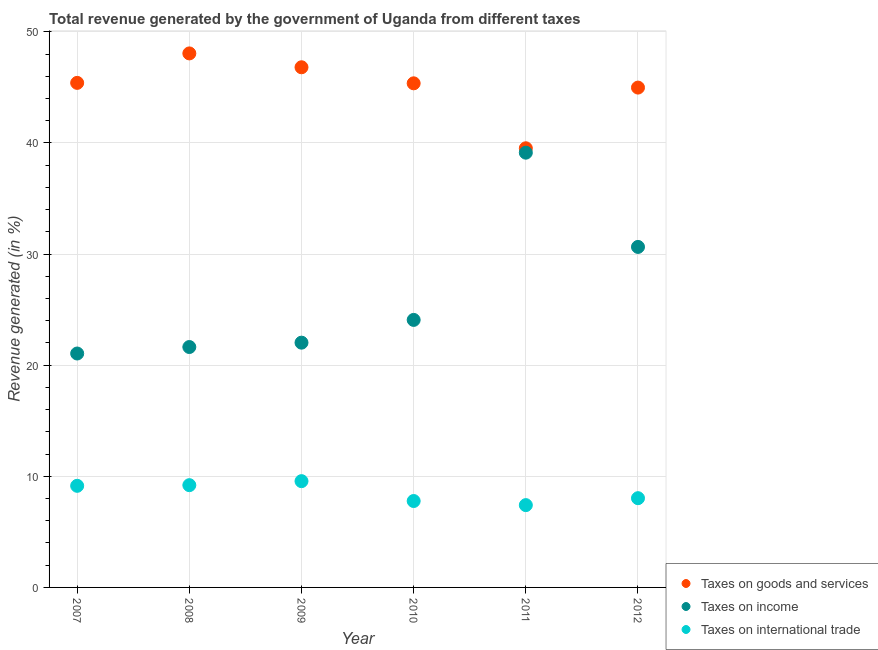
| Year | Taxes on goods and services | Taxes on income | Taxes on international trade |
 | --- | --- | --- | --- |
 | 2007 | 45.4 | 21 | 9.14 |
 | 2008 | 48.1 | 21.6 | 9.2 |
 | 2009 | 46.8 | 22 | 9.56 |
 | 2010 | 45.4 | 24.1 | 7.78 |
 | 2011 | 39.5 | 39.1 | 7.41 |
 | 2012 | 45 | 30.6 | 8.03 |